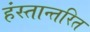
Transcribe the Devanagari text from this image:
हंस्तान्तरित